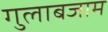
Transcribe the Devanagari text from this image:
गुलाबजाम